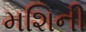
મશિની